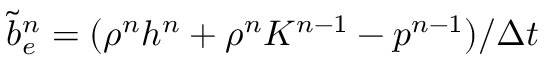
\tilde { b } _ { e } ^ { n } = ( \rho ^ { n } h ^ { n } + \rho ^ { n } K ^ { n - 1 } - p ^ { n - 1 } ) / \Delta t